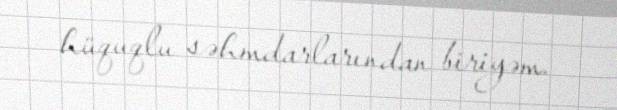
hüquqlu səhmdarlarından biriyəm.